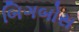
બિગબોસ